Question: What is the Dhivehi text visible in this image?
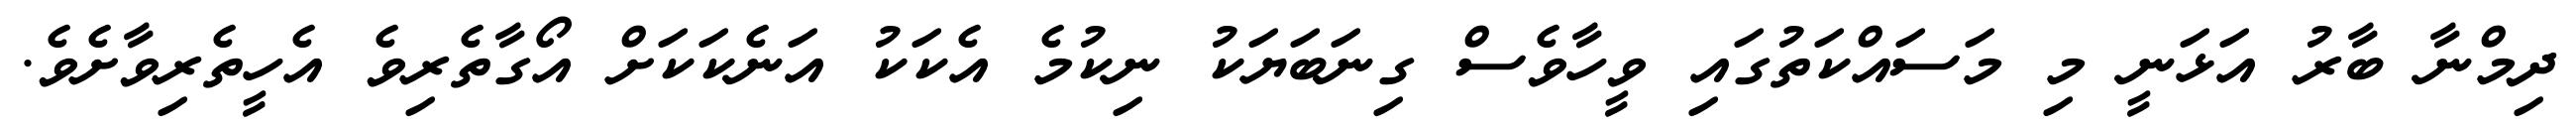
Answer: ދިމްނާ ބާރު އަޅަނީ މި މަސައްކަތުގައި ވީހާވެސް ގިނަބަޔަކު ނިކުމެ އެކަކު އަނެކަކަށް އޯގާތެރިވެ އެހީތެރިވާށެވެ.